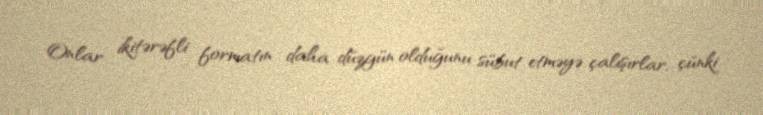
Onlar ikitərəfli formatın daha düzgün olduğunu sübut etməyə çalışırlar, çünki